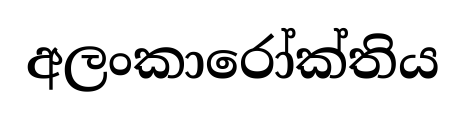
අලංකාරෝක්තිය